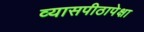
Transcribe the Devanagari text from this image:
व्यासपीठापेक्षा